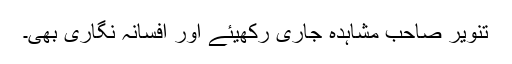
تنویر صاحب مشاہدہ جاری رکھیئے اور افسانہ نگاری بھی۔